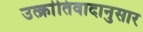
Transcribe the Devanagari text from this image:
उत्क्रांतिवादानुसार